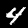
Label: 4